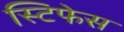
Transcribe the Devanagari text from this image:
स्टिफेस